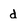
Character: d